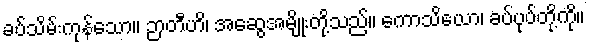
ခပ်သိမ်းကုန်သော။ ဉာတီဟိ၊ အဆွေအမျိုးတို့သည်။ ကောသိယော၊ ခပ်ပုပ်တို့ကို။